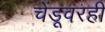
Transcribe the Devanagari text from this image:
चेंडूवरही